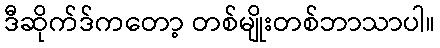
ဒီဆိုက်ဒ်ကတော့ တစ်မျိုးတစ်ဘာသာပါ။